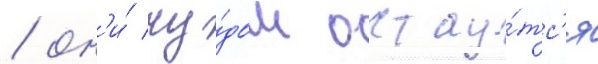
/ он'и́ чу́дом остау́тс'я